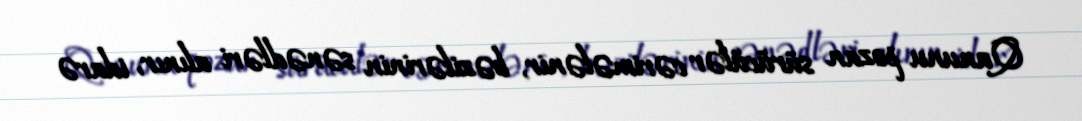
Qanunu pozan sürücülər cərimələnir, bəzilərinin sənədləri alınır, idarə